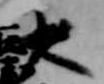
大